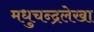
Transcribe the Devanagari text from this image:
मधुचन्द्रलेखा